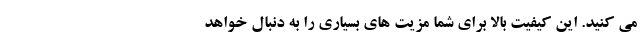
می کنید. این کیفیت بالا برای شما مزیت های بسیاری را به دنبال خواهد